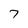
Character: 7